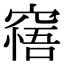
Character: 𥧝